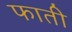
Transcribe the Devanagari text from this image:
फाती